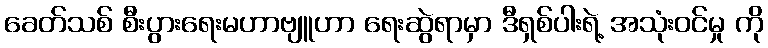
ခေတ်သစ် စီးပွားရေးမဟာဗျူဟာ ရေးဆွဲရာမှာ ဒီရှစ်ပါးရဲ့ အသုံးဝင်မှု ကို